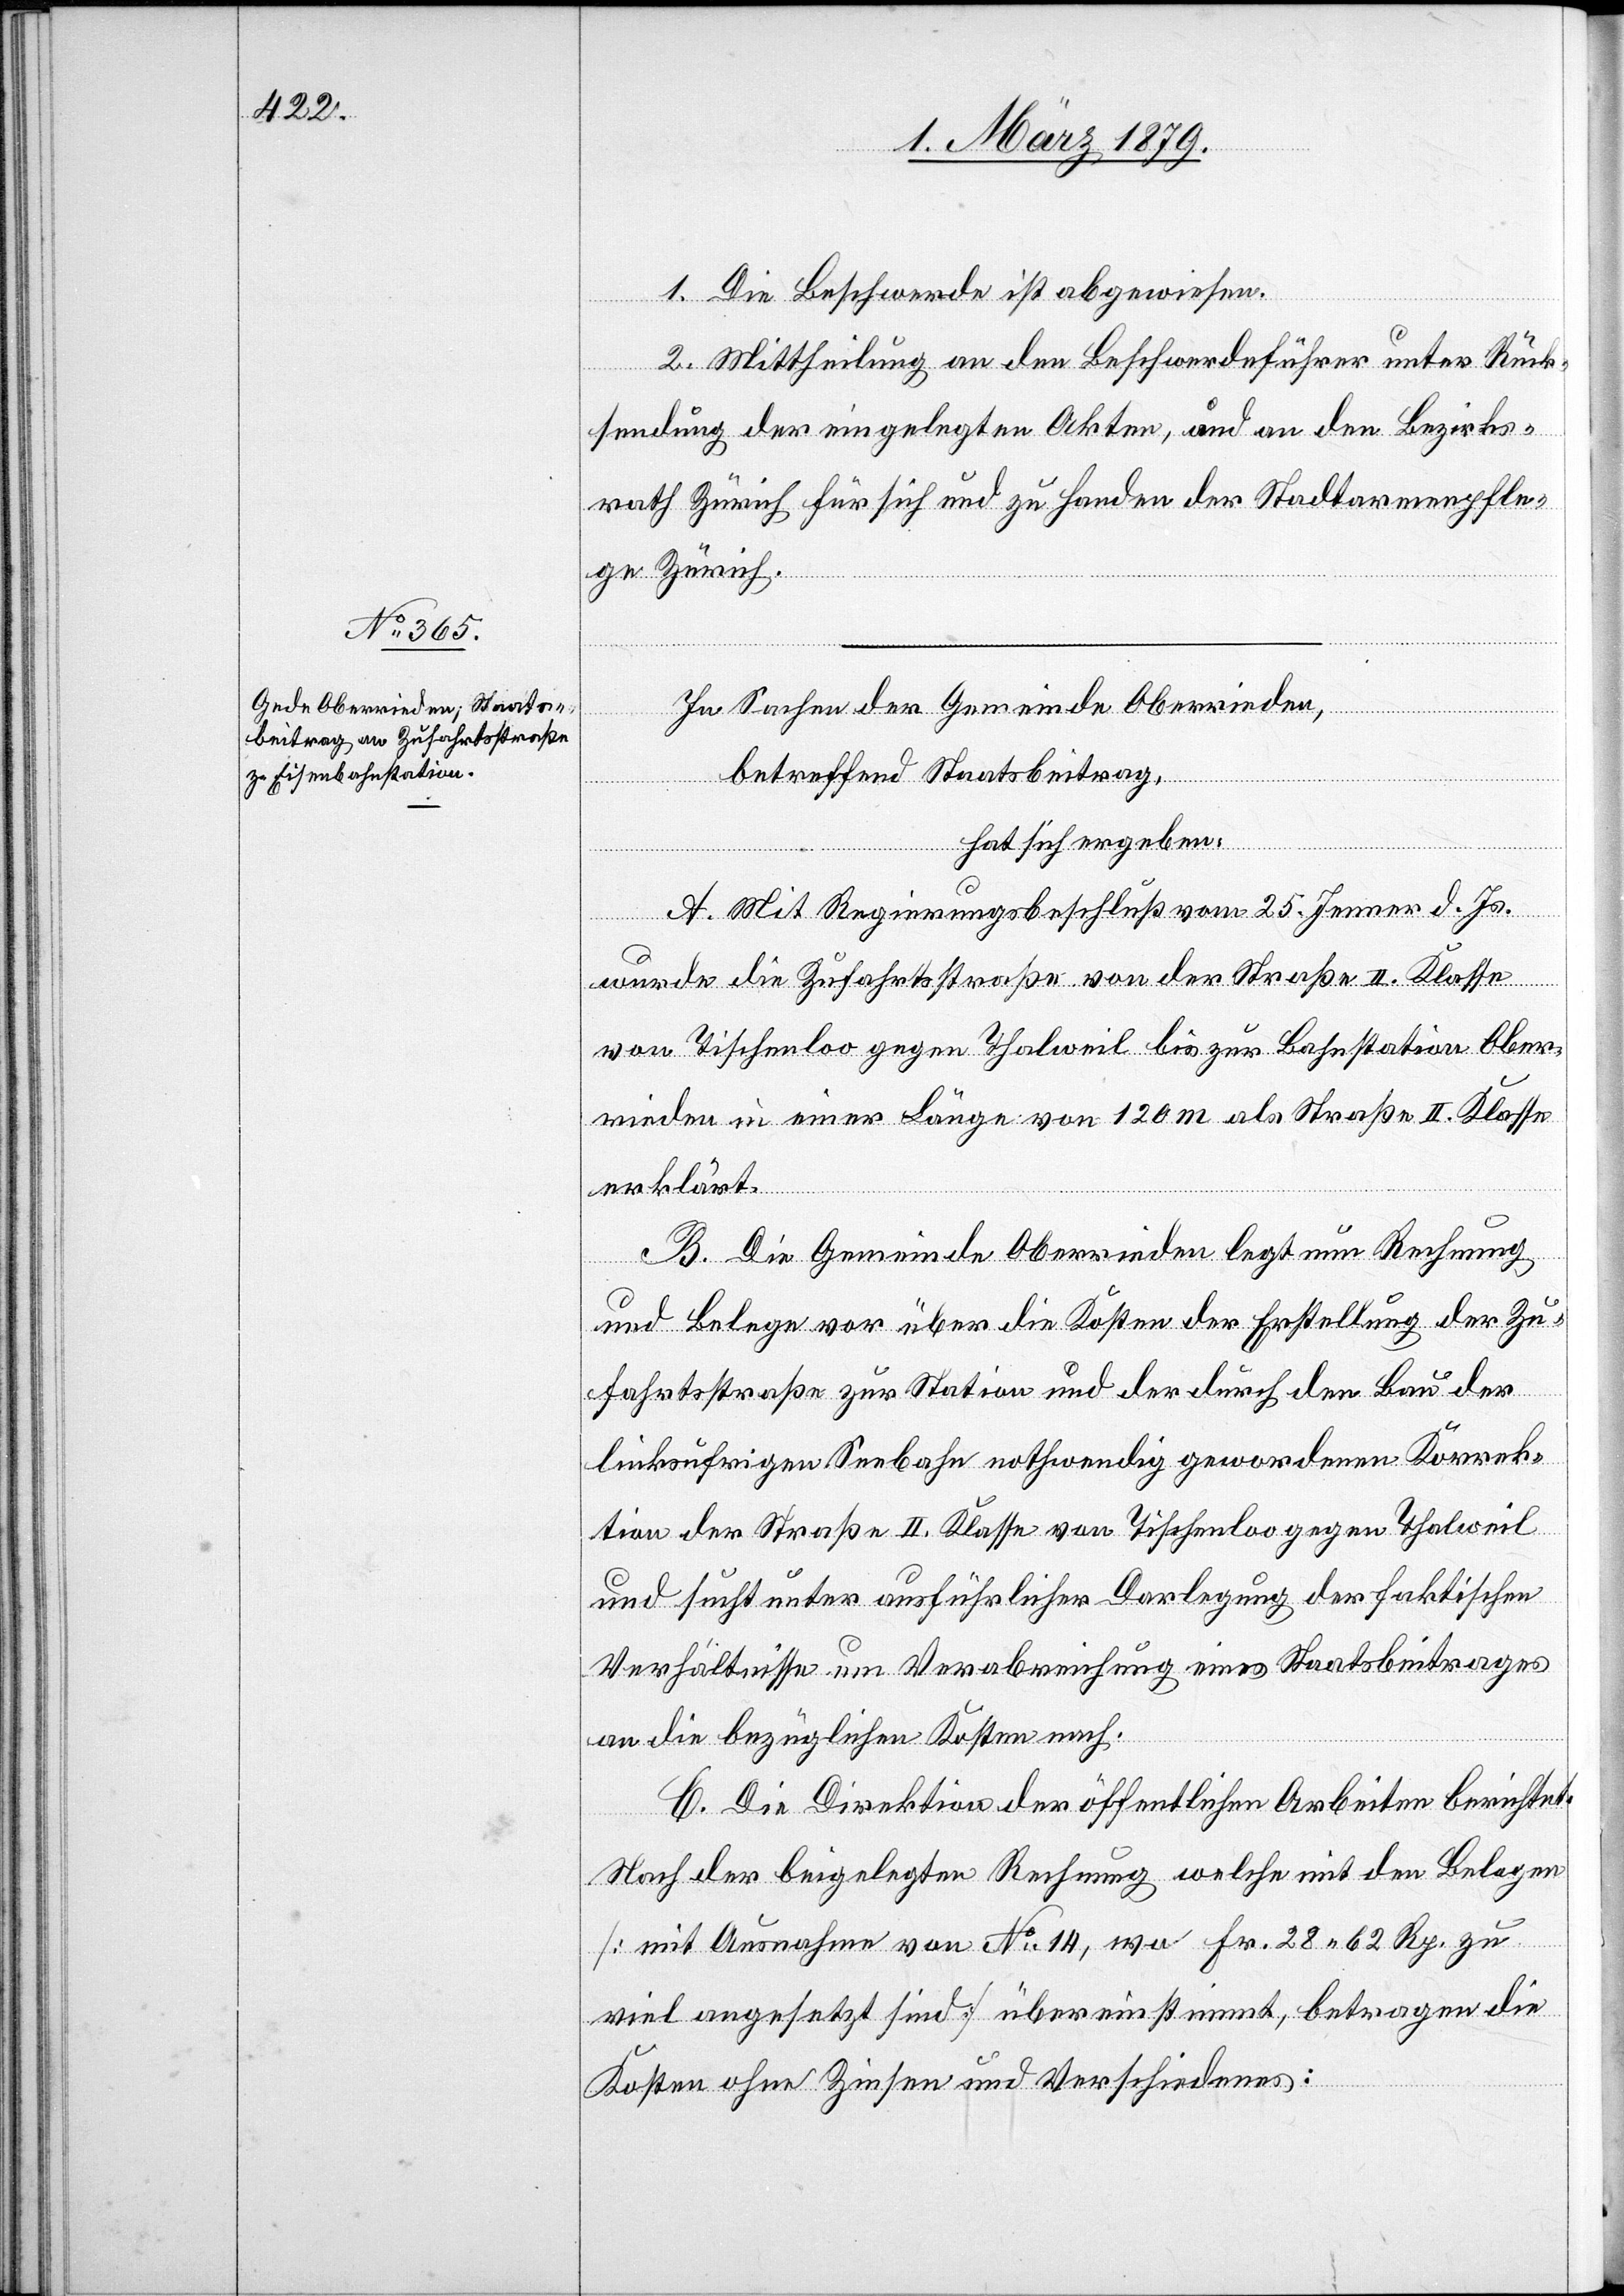
1. Die Beschwerde ist abgewiesen.
2. Mittheilung an den Beschwerdeführer unter Rück¬
sendung der eingelegten Akten, und an den Bezirks¬
rath Zürich für sich und zu Handen der Stadtarmenpfle¬
ge Zürich.
In Sachen der Gemeinde Oberrieden,
betreffend Staatsbeitrag,
hat sich ergeben:
A. Mit Regierungsbeschluß vom 25. Jenner d. Js.
wurde die Zufahrtsstraße von der Straße II. Klasse
von Tischenloo gegen Thalweil bis zur Bahnstation Ober¬
rieden in einer Länge von 120 m als Straße II. Klasse
erklärt.
B. Die Gemeinde Oberrieden legt nun Rechnung
und Belege vor über die Kosten der Erstellung der Zu¬
fahrtsstraße zur Station und der durch den Bau der
linksufrigen Seebahn nothwendig gewordenen Korrek¬
tion der Straße II. Klasse von Tischenloo gegen Thalweil
und sucht unter ausführlicher Darlegung der faktischen
Verhältnisse um Verabreichung eines Staatsbeitrages
an die bezüglichen Kosten nach.
C. Die Direktion der öffentlichen Arbeiten berichtet:
Nach der beigelegten Rechnung welche mit den Belegen
[mit Ausnahme von No 14, wo Fr. 28 62 Rp. zu
viel angesetzt sind] übereinstimmt, betragen die
Kosten ohne Zinsen und Verschiedenes: